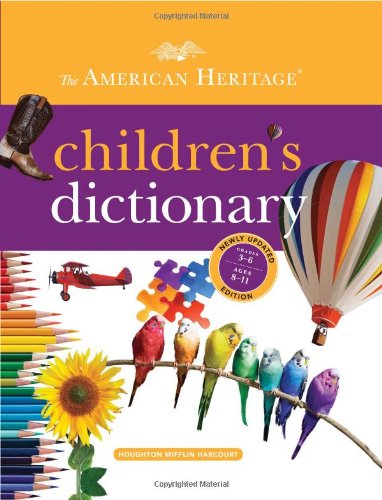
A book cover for The American Heritage Children's Dictionary; Editors of the American Heritage Dictionaries; Children's Books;